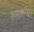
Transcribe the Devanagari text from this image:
रुमाल्या